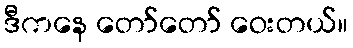
ဒီကနေ တော်တော် ဝေးတယ်။